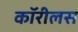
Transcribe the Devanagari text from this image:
कॉरीलस